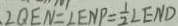
\angle Q E N = \angle E N P = \frac { 1 } { 2 } \angle E N D